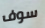
سوف